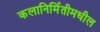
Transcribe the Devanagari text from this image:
कलानिर्मितीमधील